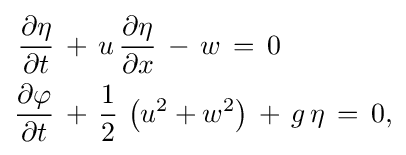
{\begin{aligned}{\frac {\partial \eta }{\partial t}}\,&+\,u\,{\frac {\partial \eta }{\partial x}}\,-\,w\,=\,0\\{\frac {\partial \varphi }{\partial t}}\,&+\,{\frac {1}{2}}\,\left(u^{2}+w^{2}\right)\,+\,g\,\eta \,=\,0,\end{aligned}}